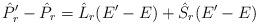
LaTeX: \begin{align*}\hat P_r'-\hat P_r = \hat L_r(E'-E) + \hat S_r(E'-E)\end{align*}